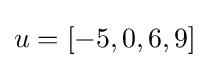
u=[-5,0,6,9]